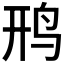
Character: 𫛚